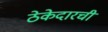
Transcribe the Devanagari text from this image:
ठेकेदारची